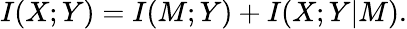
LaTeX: I(X;Y)=I(M;Y)+I(X;Y\vert M).